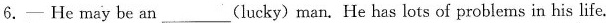
6.---He may be an_ (lucky)man.He has lots of problems in his life.